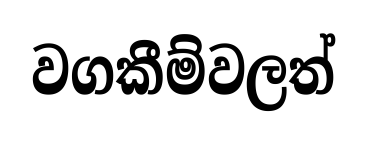
වගකීම්වලත්